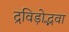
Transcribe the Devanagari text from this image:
द्रविड़ोद्भवा